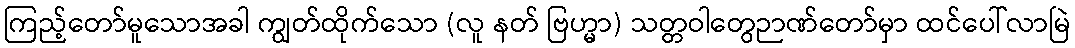
ကြည့်တော်မူသောအခါ ကျွတ်ထိုက်သော (လူ နတ် ဗြဟ္မာ) သတ္တဝါတွေဉာဏ်တော်မှာ ထင်ပေါ်လာမြဲ